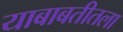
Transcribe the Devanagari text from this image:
याबाबतीतला